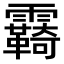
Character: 𩆺